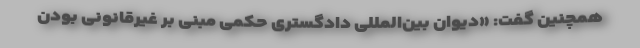
همچنین گفت: «دیوان بین‌المللی دادگستری حکمی مبنی بر غیرقانونی بودن